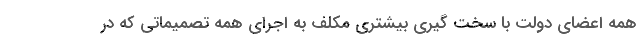
همه اعضای دولت با سخت گیری بیشتری مکلف به اجرای همه تصمیماتی که در